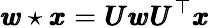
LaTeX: \pmb{w}\star\pmb{x}=\pmb{U}\pmb{w}\pmb{U}^{\top}\pmb{x}